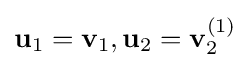
\mathbf {u} _{1}=\mathbf {v} _{1},\mathbf {u} _{2}=\mathbf {v} _{2}^{(1)}